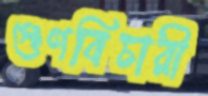
গুণবিচারী